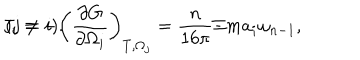
J _ { i } = - \left( \frac { \partial G } { \partial \Omega _ { i } } \right) _ { T , \Omega _ { j } } = \frac n { 1 6 \pi } \Xi m a _ { i } \omega _ { n - 1 } , \hspace { 1 . 0 c m } ( j \neq i ) .